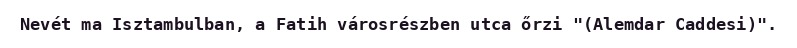
Nevét ma Isztambulban, a Fatih városrészben utca őrzi "(Alemdar Caddesi)".